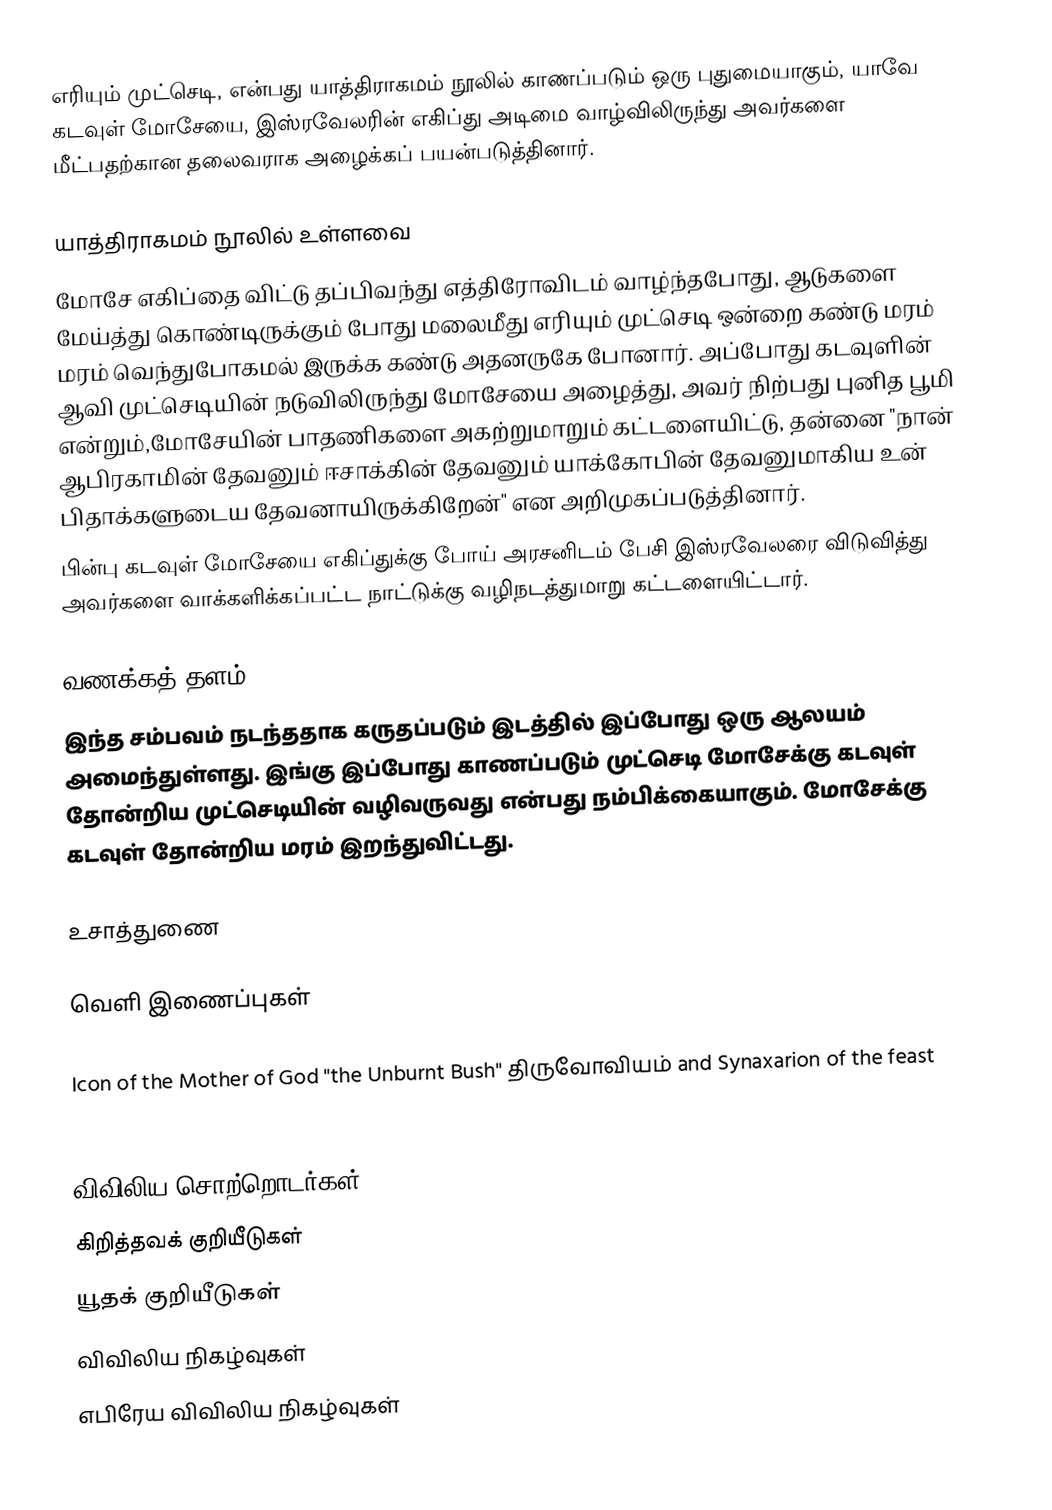
எரியும் முட்செடி, என்பது யாத்திராகமம் நூலில் காணப்படும் ஒரு புதுமையாகும், யாவே கடவுள் மோசேயை, இஸ்ரவேலரின் எகிப்து அடிமை வாழ்விலிருந்து அவர்களை மீட்பதற்கான தலைவராக அழைக்கப் பயன்படுத்தினார்.

யாத்திராகமம் நூலில் உள்ளவை
மோசே எகிப்தை விட்டு தப்பிவந்து எத்திரோவிடம் வாழ்ந்தபோது, ஆடுகளை மேய்த்து கொண்டிருக்கும் போது மலைமீது எரியும் முட்செடி ஒன்றை கண்டு மரம் மரம் வெந்துபோகமல் இருக்க கண்டு அதனருகே போனார். அப்போது கடவுளின் ஆவி முட்செடியின் நடுவிலிருந்து மோசேயை அழைத்து, அவர் நிற்பது புனித பூமி என்றும்,மோசேயின் பாதணிகளை அகற்றுமாறும் கட்டளையிட்டு, தன்னை "நான் ஆபிரகாமின் தேவனும் ஈசாக்கின் தேவனும் யாக்கோபின் தேவனுமாகிய உன் பிதாக்களுடைய தேவனாயிருக்கிறேன்" என அறிமுகப்படுத்தினார்.
பின்பு கடவுள் மோசேயை எகிப்துக்கு போய் அரசனிடம் பேசி இஸ்ரவேலரை விடுவித்து அவர்களை வாக்களிக்கப்பட்ட நாட்டுக்கு வழிநடத்துமாறு கட்டளையிட்டார்.

வணக்கத் தளம்
இந்த சம்பவம் நடந்ததாக கருதப்படும் இடத்தில் இப்போது ஒரு ஆலயம் அமைந்துள்ளது. இங்கு இப்போது காணப்படும் முட்செடி மோசேக்கு கடவுள் தோன்றிய முட்செடியின் வழிவருவது என்பது நம்பிக்கையாகும். மோசேக்கு கடவுள் தோன்றிய மரம் இறந்துவிட்டது.

உசாத்துணை

வெளி இணைப்புகள்

 Icon of the Mother of God "the Unburnt Bush" திருவோவியம் and Synaxarion of the feast
 The Burning Bush History of the use of the burning bush symbol among Reformed churches

விவிலிய சொற்றொடர்கள்
கிறித்தவக் குறியீடுகள்
யூதக் குறியீடுகள்
விவிலிய நிகழ்வுகள்
எபிரேய விவிலிய நிகழ்வுகள்